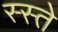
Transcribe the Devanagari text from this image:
स्स्ते